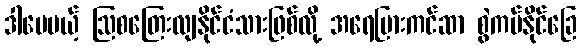
ဒါပေမယ့် ဩစတြေးလျနိုင်ငံသားဖြစ်လို့ အရေပြားကင်ဆာ စွဲကပ်နိုင်ခြေ